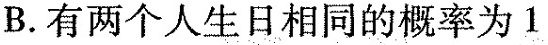
B.有两个人生日相同的概率为1